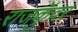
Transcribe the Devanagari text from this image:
राजकुॅवर